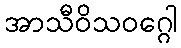
အာသီဝိသဝဂ္ဂေါ